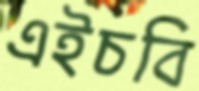
এইচবি